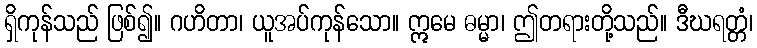
ရှိကုန်သည် ဖြစ်၍။ ဂဟိတာ၊ ယူအပ်ကုန်သော။ ဣမေ ဓမ္မာ၊ ဤတရားတို့သည်။ ဒီဃရတ္တံ၊